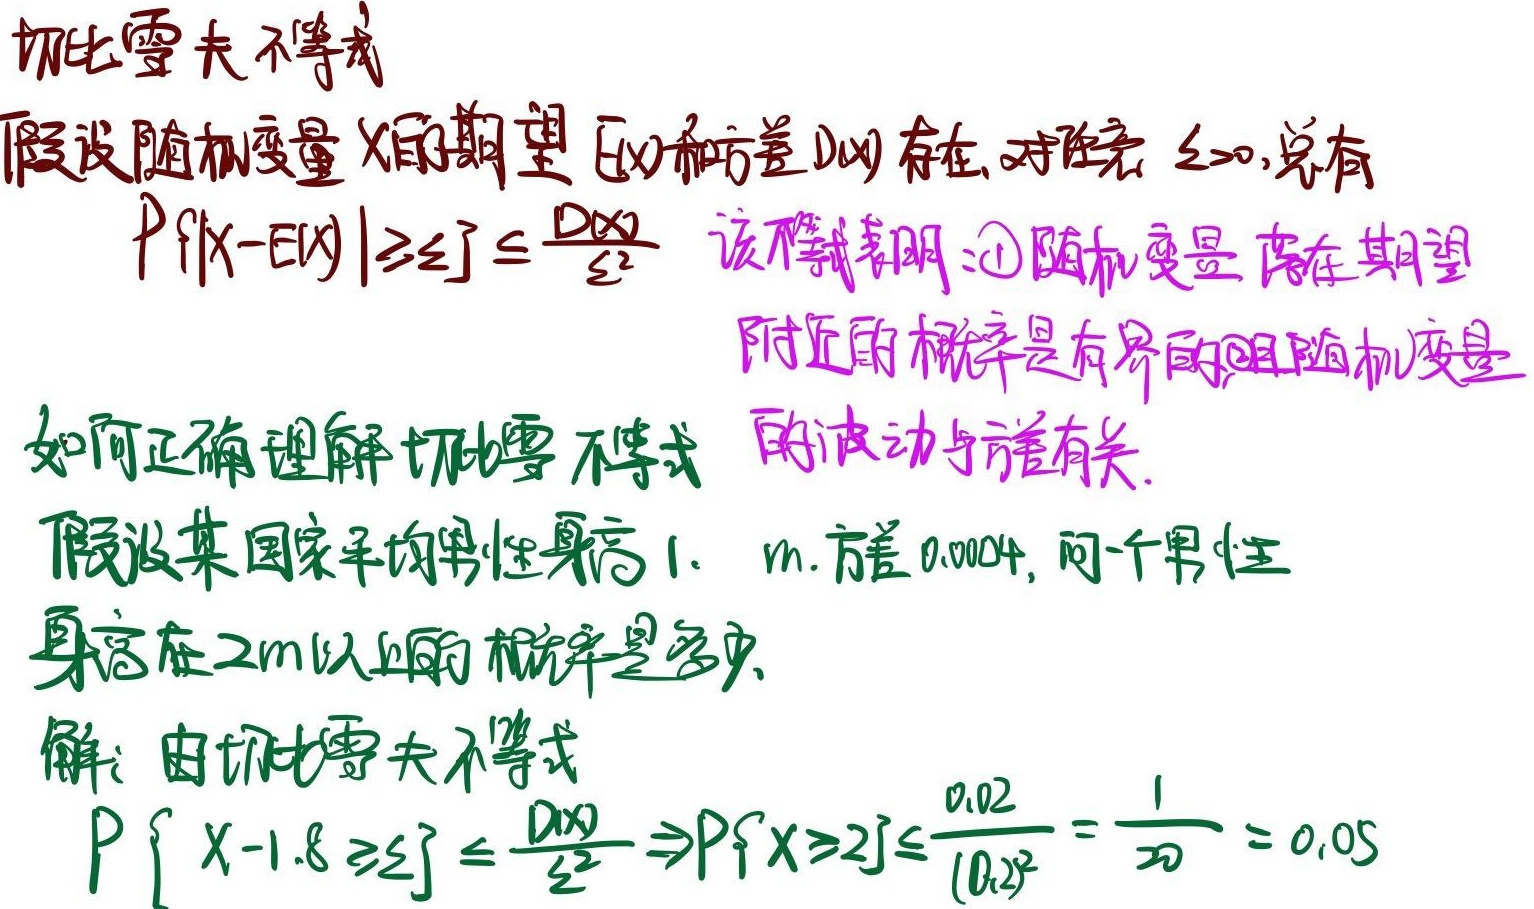
### 切比雪夫不等式
假设随机变量 \(X\) 的期望 \(E(X)\) 和方差 \(D(X)\) 存在, 对任意 \(\varepsilon > 0\), 总有
\[P\{|X - E(X)| \geq \varepsilon\} \leq \frac{D(X)}{\varepsilon^{2}}\]
该不等式表明：\textcircled{1} 随机变量 落在期望 附近的概率是有界的 \textcircled{2} 随机变量 的波动与方差有关.

### 如何正确理解切比雪夫不等式
假设某国家平均男性身高 \(1. m.\) 方差 \(0.0004\), 问一个男性身高在 \(2m\) 以上的概率是多少.

解：由切比雪夫不等式
\[P\{X - 1.8 \geq \varepsilon\} \leq \frac{D(X)}{\varepsilon^{2}} \Rightarrow P\{X \geq 2\} \leq \frac{0.02}{(0.2)^{2}} = \frac{1}{20} = 0.05\]